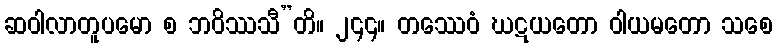
ဆဝါလာတူပမော စ ဘဝိဿသီ”တိ။ ၂၄၄။ တဿေဝံ ဃဋယတော ဝါယမတော သစေ